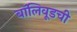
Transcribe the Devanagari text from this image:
बॉलिवूडची